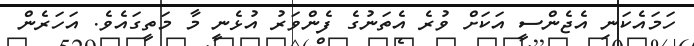
ހަމައެކަނި އެޖެންސީ އަކަށް ވުރެ އެތަނުގެ ފެންވަރު އުޅެނީ މާ މަތީގައެވެ. އަހަރެން